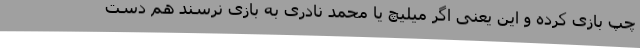
چپ بازی کرده و این یعنی اگر میلیچ یا محمد نادری به بازی نرسند هم دست